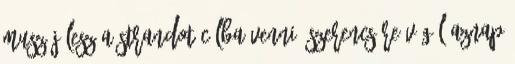
muszáj lesz a strandot célba venni. Szerencsére végül aznap